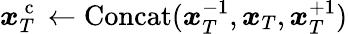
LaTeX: \boldsymbol{x}_{T}^{\mathrm{~c~}}\leftarrow\operatorname{Concat}(\boldsymbol{x}_{T}^{-1},\boldsymbol{x}_{T},\boldsymbol{x}_{T}^{+1})